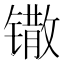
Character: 𫔌